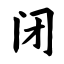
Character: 闭